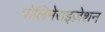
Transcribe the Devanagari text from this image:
पोलिमेराइज़ेशन